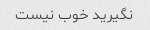
نگیرید خوب نیست